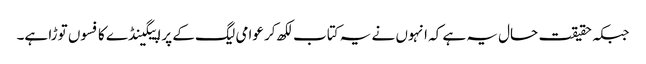
جبکہ حقیقت حال یہ ہے کہ انہوں نے یہ کتاب لکھ کر عوامی لیگ کے پراپیگینڈے کا فسوں توڑا ہے۔